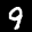
Label: 9